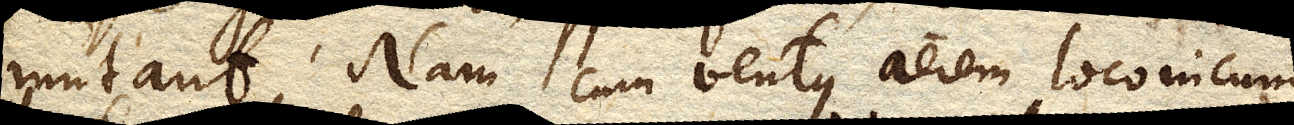
mutant. Nam cum ventus aerem loco incum–